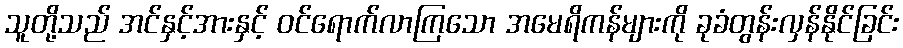
သူတို့သည် အင်နှင့်အားနှင့် ဝင်ရောက်လာကြသော အမေရိကန်များကို ခုခံတွန်းလှန်နိုင်ခြင်း